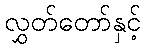
လွှတ်တော်နှင့်